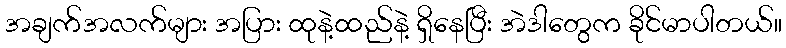
အချက်အလက်များ အပြား ထုနဲ့ထည်နဲ့ ရှိနေပြီး အဲဒါတွေက ခိုင်မာပါတယ်။